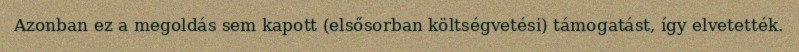
Azonban ez a megoldás sem kapott (elsősorban költségvetési) támogatást, így elvetették.